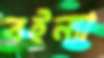
বইন্যা